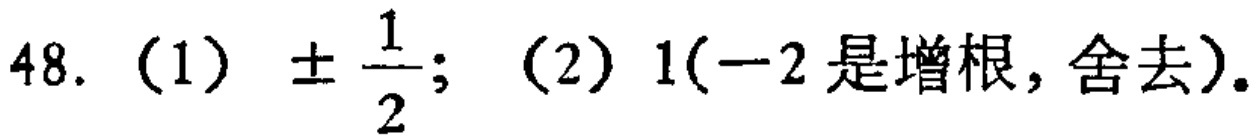
48. (1) $\pm\frac{1}{2}$; (2) $1(-2\text{是增根,舍去})$